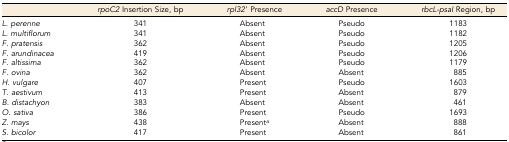
<table><thead><tr><td></td><td><b><i>rpoC2</i> Insertion Size, bp</b></td><td><b><i>rpl32′</i> Presence</b></td><td><b><i>accD</i> Presence</b></td><td><b><i>rbcL-psaI</i> Region, bp</b></td></tr></thead><tbody><tr><td><i>L. perenne</i></td><td>341</td><td>Absent</td><td>Pseudo</td><td>1183</td></tr><tr><td><i>L. multiflorum</i></td><td>341</td><td>Absent</td><td>Pseudo</td><td>1182</td></tr><tr><td><i>F. pratensis</i></td><td>362</td><td>Absent</td><td>Pseudo</td><td>1205</td></tr><tr><td><i>F. arundinacea</i></td><td>419</td><td>Absent</td><td>Pseudo</td><td>1206</td></tr><tr><td><i>F. altissima</i></td><td>362</td><td>Absent</td><td>Pseudo</td><td>1179</td></tr><tr><td><i>F. ovina</i></td><td>362</td><td>Absent</td><td>Absent</td><td>885</td></tr><tr><td><i>H. vulgare</i></td><td>407</td><td>Present</td><td>Pseudo</td><td>1603</td></tr><tr><td><i>T. aestivum</i></td><td>413</td><td>Present</td><td>Absent</td><td>879</td></tr><tr><td><i>B. distachyon</i></td><td>383</td><td>Absent</td><td>Absent</td><td>461</td></tr><tr><td><i>O. sativa</i></td><td>386</td><td>Present</td><td>Pseudo</td><td>1693</td></tr><tr><td><i>Z. mays</i></td><td>438</td><td>Present<i><sup>a</sup></i></td><td>Absent</td><td>888</td></tr><tr><td><i>S. bicolor</i></td><td>417</td><td>Present</td><td>Absent</td><td>861</td></tr></tbody></table>